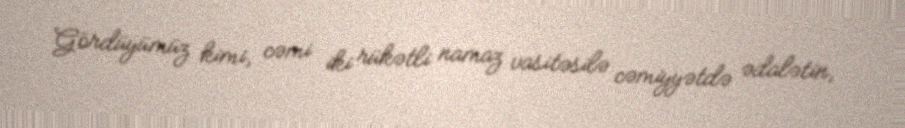
Gördüyümüz kimi, cəmi iki rükətli namaz vasitəsilə cəmiyyətdə ədalətin,